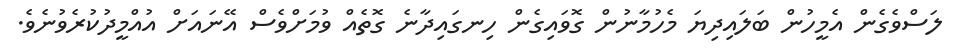
ލަސްވެގެން އެމީހުން ބަލައިދިޔަ މެހުމާނުން ގޮވައިގެން ހިނގައިދާނެ ގޮތެއް ވުމަށްވެސް އޭނައަށް އުއްމީދުކުރެވުނެވެ.